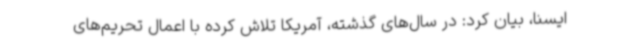
ایسنا، بیان کرد: در سال‌های گذشته، آمریکا تلاش کرده با اعمال تحریم‌های